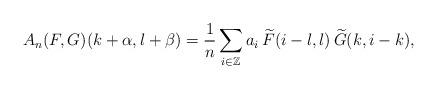
LaTeX: \begin{align*}A_n(F,G)(k+\alpha,l+\beta) = \frac{1}{n}\sum_{i\in\mathbb{Z}} a_i \,\widetilde{F}(i-l,l) \,\widetilde{G}(k,i-k),\end{align*}